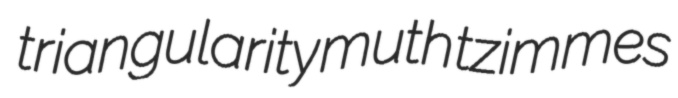
triangularity muth tzimmes